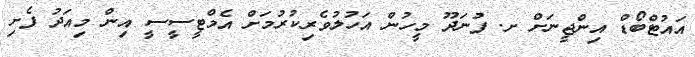
އައުޓްބޯޑް އިންޖީނަށް ށ. ފުނަދޫ މީހުން އަހުލުވެރިކުރުމަށް އެމްޓީސީސީ އިން މިއަދު ފެށި